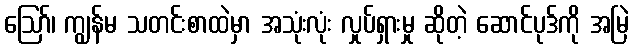
ဪ၊ ကျွန်မ သတင်းစာထဲမှာ အသုံးလုံး လှုပ်ရှားမှု ဆိုတဲ့ ဆောင်ပုဒ်ကို အမြဲ